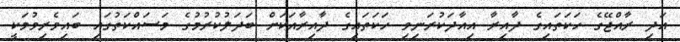
އަދި ރާއްޖޭގެ ހަކަތައިގެ ދާއިރާ އިއާދަކުރަނިވި ހަކަތައިގެ ދާއިރާއަކަށް ބަދަލުކުރުމުގެ މަސައްކަތުގައި ބައިވެރިވުމަކީ